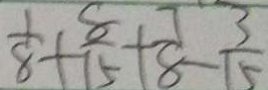
\frac { 1 } { 8 } + \frac { 8 } { 1 5 } + \frac { 7 } { 8 } - \frac { 3 } { 5 }